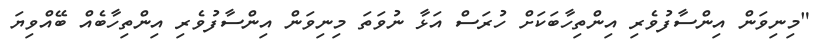
"މިނިވަން އިންސާފުވެރި އިންތިހާބަކަށް ހުރަސް އަޅާ ނުވަތަ މިނިވަން އިންސާފުވެރި އިންތިހާބެއް ބޭއްވިޔަ